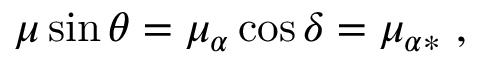
\mu \sin \theta = \mu _ { \alpha } \cos \delta = \mu _ { \alpha \ast } \ ,